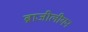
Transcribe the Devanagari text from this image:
ब्राजीलीयन